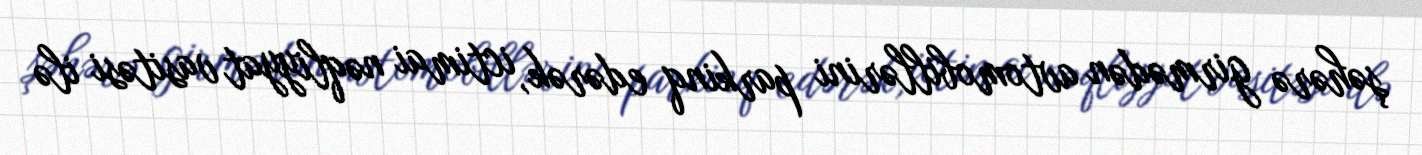
şəhərə girmədən avtomobillərini parkinq edərək, ictimai nəqliyyat vasitəsi ilə